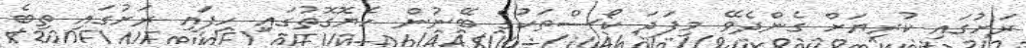
ރަށުގައި ކުރިޔަށް ގެންދެވޭ މިފަދަ ކޯސްތަކުގެ ބޭނުން ހެޔޮގޮތުގައި ހިފައި ރަށުގައި ތިބެ